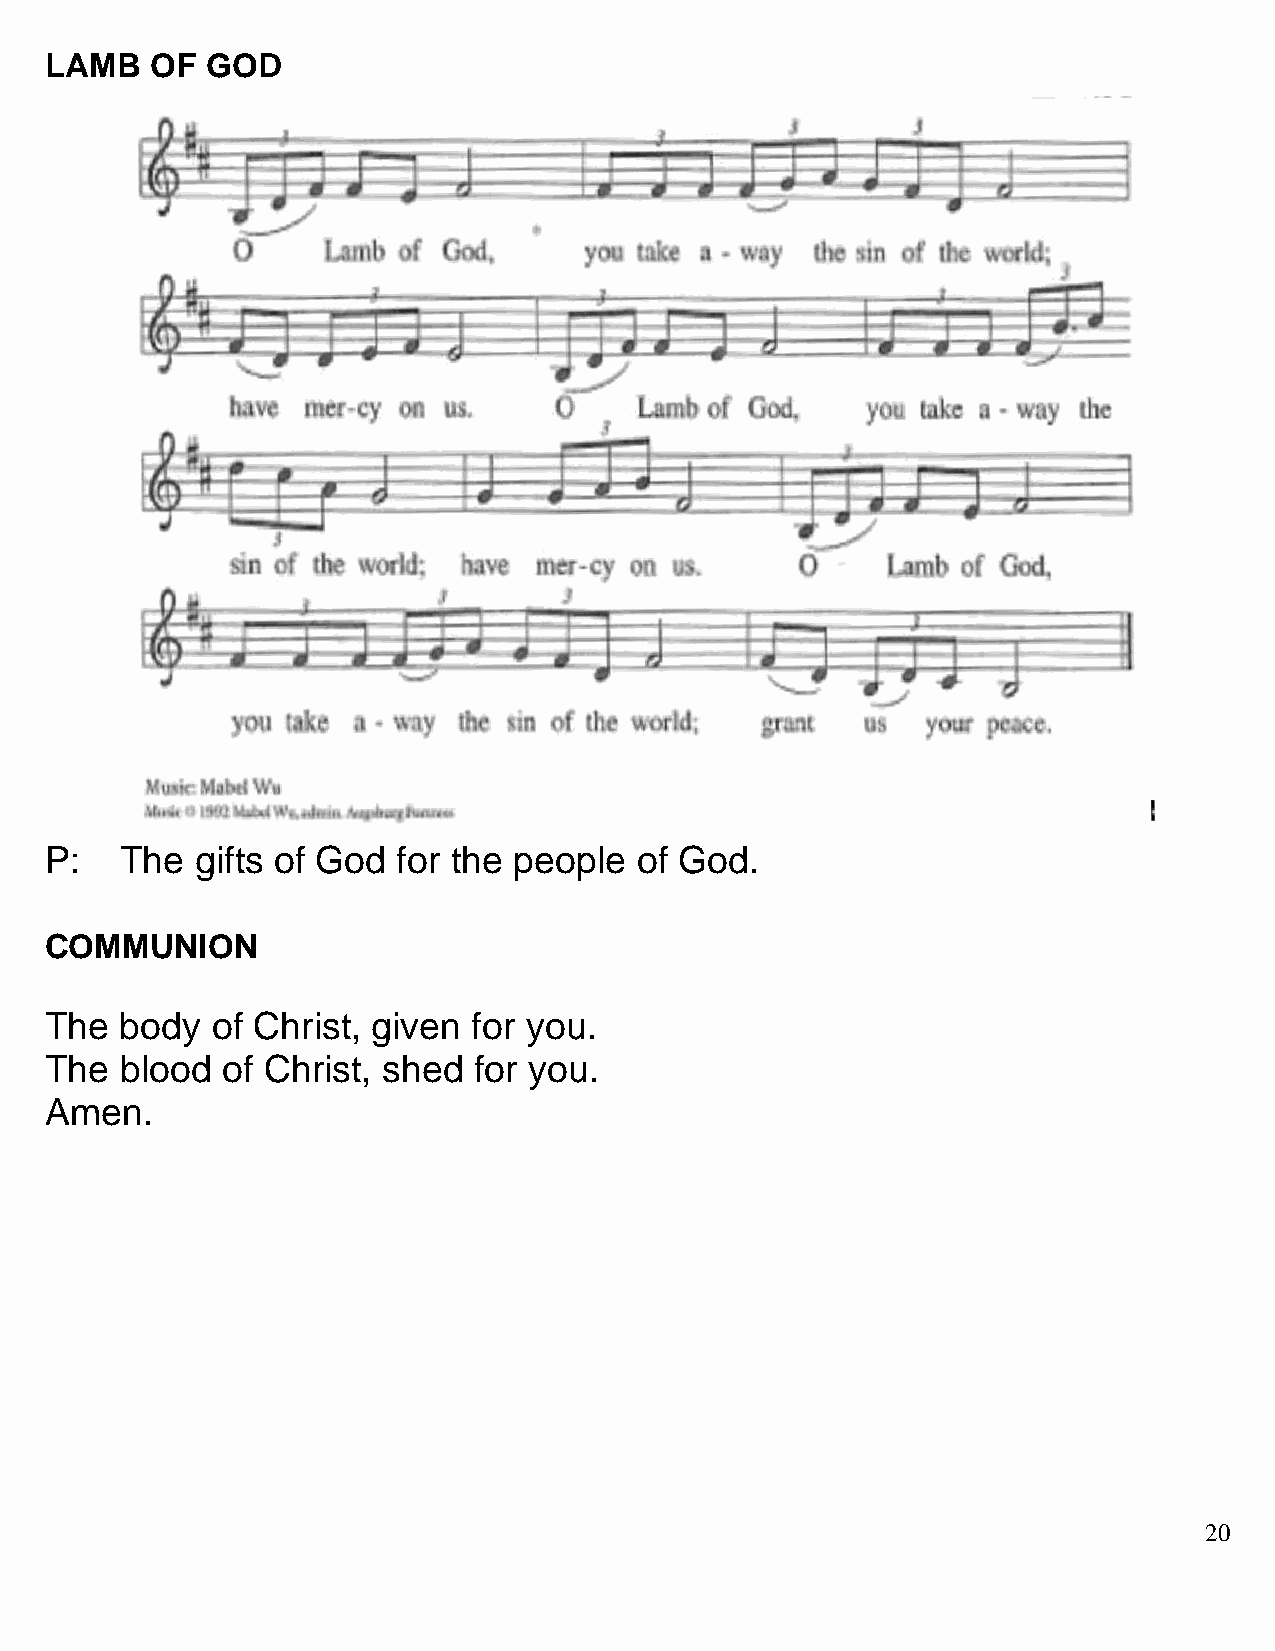
LAMB   OF  GOD
 P:   The  gifts of God for the people  of God.
 COMMUNION
 The  body  of Christ, given for you.
 The  blood  of Christ, shed for you.
 Amen.
 20